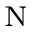
_ \mathrm { N }